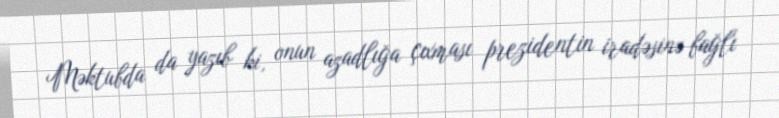
Məktubda da yazıb ki, onun azadlığa çıxması prezidentin iradəsinə bağlı